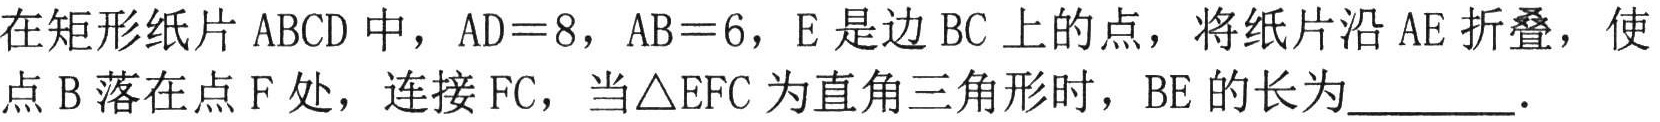
在矩形纸片 \(ABCD\) 中，\(AD = 8\)，\(AB = 6\)，\(E\) 是边 \(BC\) 上的点，将纸片沿 \(AE\) 折叠，使点 \(B\) 落在点 \(F\) 处，连接 \(FC\)，当\(\triangle EFC\) 为直角三角形时，\(BE\) 的长为________．